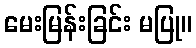
မေးမြန်းခြင်း မပြု။